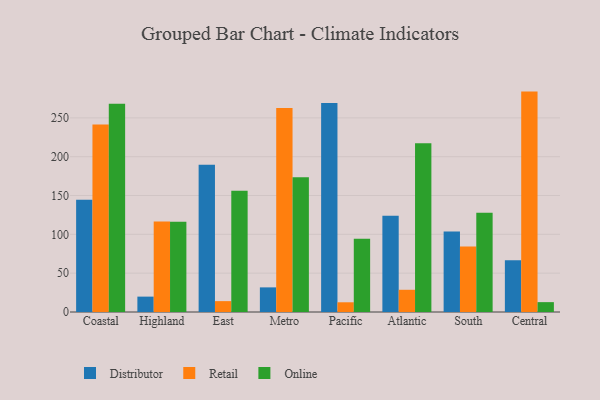
{"axis": {"x": "Region", "y": "Population (Million)"}, "legend": ["Distributor", "Online", "Retail"], "data": [{"x": "Coastal", "y": 144.4, "type": "Distributor"}, {"x": "Coastal", "y": 241.3, "type": "Retail"}, {"x": "Coastal", "y": 268.2, "type": "Online"}, {"x": "Highland", "y": 19.8, "type": "Distributor"}, {"x": "Highland", "y": 116.5, "type": "Retail"}, {"x": "Highland", "y": 116.3, "type": "Online"}, {"x": "East", "y": 189.7, "type": "Distributor"}, {"x": "East", "y": 14.0, "type": "Retail"}, {"x": "East", "y": 156.2, "type": "Online"}, {"x": "Metro", "y": 31.7, "type": "Distributor"}, {"x": "Metro", "y": 262.7, "type": "Retail"}, {"x": "Metro", "y": 173.5, "type": "Online"}, {"x": "Pacific", "y": 269.1, "type": "Distributor"}, {"x": "Pacific", "y": 12.5, "type": "Retail"}, {"x": "Pacific", "y": 94.4, "type": "Online"}, {"x": "Atlantic", "y": 124.0, "type": "Distributor"}, {"x": "Atlantic", "y": 28.6, "type": "Retail"}, {"x": "Atlantic", "y": 217.4, "type": "Online"}, {"x": "South", "y": 103.7, "type": "Distributor"}, {"x": "South", "y": 84.2, "type": "Retail"}, {"x": "South", "y": 127.8, "type": "Online"}, {"x": "Central", "y": 66.5, "type": "Distributor"}, {"x": "Central", "y": 283.8, "type": "Retail"}, {"x": "Central", "y": 12.7, "type": "Online"}]}